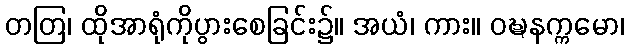
တတြ၊ ထိုအာရုံကိုပွားစေခြင်း၌။ အယံ၊ ကား။ ဝဍ္ဎနက္ကမော၊